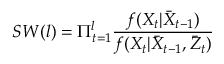
S W ( l ) = \Pi _ { t = 1 } ^ { l } \frac { f ( X _ { t } | \bar { X } _ { t - 1 } ) } { f ( X _ { t } | \bar { X } _ { t - 1 } , \bar { Z } _ { t } ) }